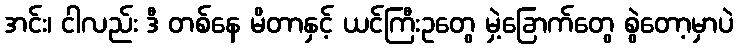
အင်း၊ ငါလည်း ဒီ တစ်နေ မိတာနှင့် ယင်ကြီးဥတွေ မှဲ့ခြောက်တွေ စွဲတော့မှာပဲ